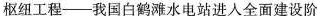
枢纽工程—我国白鹤滩水电站进入全面建设阶